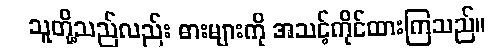
သူတို့သည်လည်း ဓားများကို အသင့်ကိုင်ထားကြသည်။